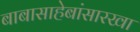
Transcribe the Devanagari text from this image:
बाबासाहेबांसारखा